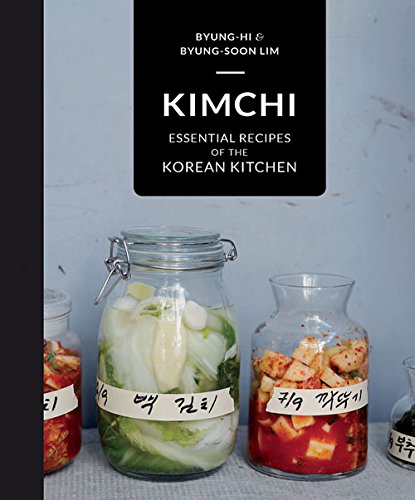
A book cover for Kimchi: Essential Recipes of the Korean Kitchen; Byung-Hi Lim; Cookbooks, Food & Wine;